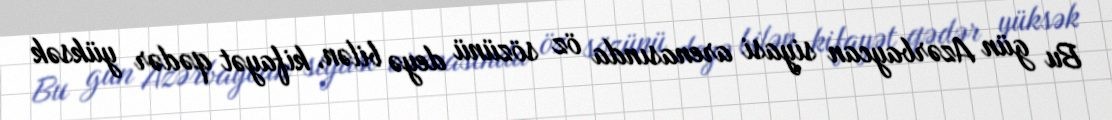
Bu gün Azərbaycan siyasi arenasında öz sözünü deyə bilən, kifayət qədər yüksək